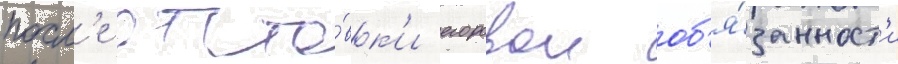
посл'е отста́вк'и егоровои об'я́занност'и